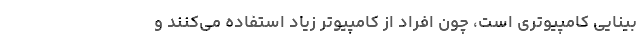
بینایی کامپیوتری است، چون افراد از کامپیوتر زیاد استفاده می‌کنند و